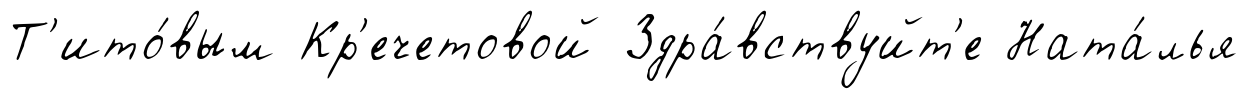
Т'ито́вым Кр'ечетовой Здра́вствуйт'е Ната́лья